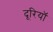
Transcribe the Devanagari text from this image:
दूरियॉ